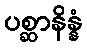
ပစ္ဆာနိန္နံ